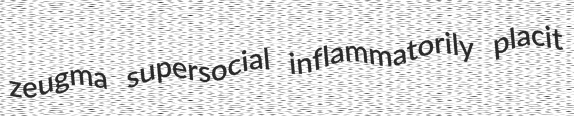
zeugma supersocial inflammatorily placit